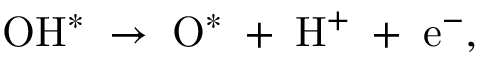
\mathrm { O H ^ { * } \; \rightarrow \; O ^ { * } \; + \; H ^ { + } \; + \; e ^ { - } } ,